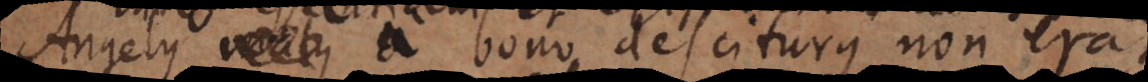
Angelus malus a bono desciturus non erat